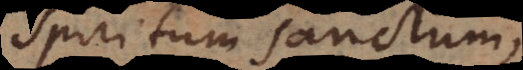
spiritum sanctum,